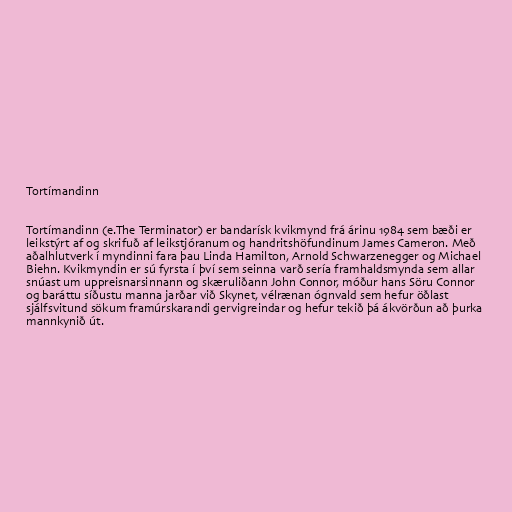
Tortímandinn

Tortímandinn (e.The Terminator) er bandarísk kvikmynd frá árinu 1984 sem bæði er
leikstýrt af og skrifuð af leikstjóranum og handritshöfundinum James Cameron. Með
aðalhlutverk í myndinni fara þau Linda Hamilton, Arnold Schwarzenegger og Michael
Biehn. Kvikmyndin er sú fyrsta í því sem seinna varð sería framhaldsmynda sem allar
snúast um uppreisnarsinnann og skæruliðann John Connor, móður hans Söru Connor
og baráttu síðustu manna jarðar við Skynet, vélrænan ógnvald sem hefur öðlast
sjálfsvitund sökum framúrskarandi gervigreindar og hefur tekið þá ákvörðun að þurka
mannkynið út.